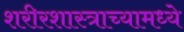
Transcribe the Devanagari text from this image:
शरीरशास्त्राच्यामध्ये